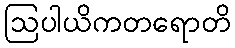
ဩပါယိကတရောတိ